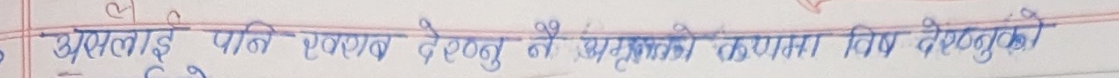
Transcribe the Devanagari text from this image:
अलाई पनि एलाग देवनु नै अघिल्लो कक्षामा विष देउनुकी